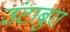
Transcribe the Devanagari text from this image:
उंटाबुरा